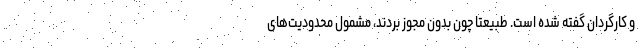
و کارگردان گفته شده است. طبیعتا چون بدون مجوز بردند، مشمول محدودیت‌های